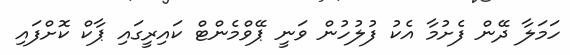
ހަމަލާ ދޭން ފެށުމާ އެކު ފުލުހުން ވަނީ ޕޭވްމެންޓް ކައިރީގައި ޕާކް ކޮށްފައި